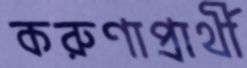
করুণাপ্রার্থী